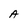
Character: A